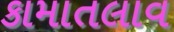
કામાતલાવ